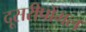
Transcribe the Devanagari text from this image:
दूसरीपोंगल